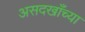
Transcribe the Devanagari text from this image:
असदखाँच्या